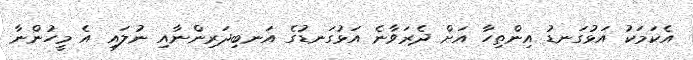
އެކަމަކު އަޅުގަނޑު އިންތިހާ އަށް ދެރަވާނެ އަޅުގަނޑުގެ އަނބިދަރިންނާއި ނުލައި އެ މީހުންނާ